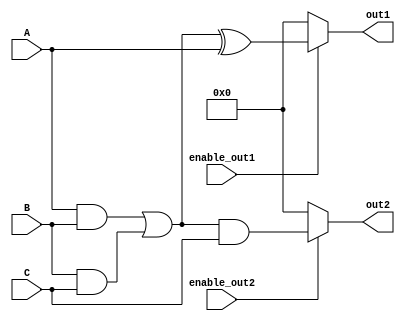
module combinational_logic (
    input wire [3:0] A,          // 4-bit input signal A
    input wire [3:0] B,          // 4-bit input signal B
    input wire [3:0] C,          // 4-bit input signal C
    input wire enable_out1,      // Enable signal for output 1
    input wire enable_out2,      // Enable signal for output 2
    output wire [3:0] out1,      // Output 1
    output wire [3:0] out2       // Output 2
);

// Shared Logic Block
wire [3:0] shared_logic;

// Example shared logic: (A & B) | (B & C)
assign shared_logic = (A & B) | (B & C);

// Output Logic Block for out1
assign out1 = enable_out1 ? (shared_logic ^ A) : 4'b0000; // Example: XOR with A

// Output Logic Block for out2
assign out2 = enable_out2 ? (shared_logic & C) : 4'b0000; // Example: AND with C

endmodule